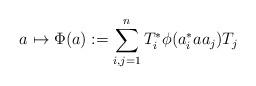
LaTeX: \begin{align*} a \mapsto \Phi(a) := \sum_{i,j=1}^n T_i^\ast \phi(a_i^\ast a a_j) T_j\end{align*}